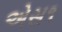
એસ૧